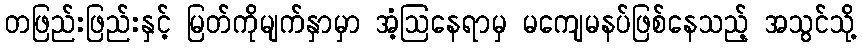
တဖြည်းဖြည်းနှင့် မြတ်ကိုမျက်နှာမှာ အံ့ဩနေရာမှ မကျေမနပ်ဖြစ်နေသည့် အသွင်သို့